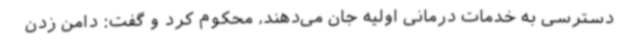
دسترسی به خدمات درمانی اولیه جان می‌دهند، محکوم کرد و گفت: دامن زدن